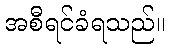
အစီရင်ခံရသည်။